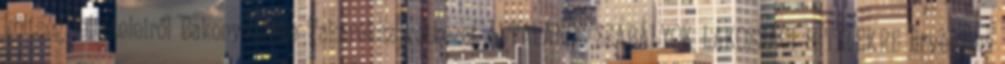
költség feltételeiről Bakonyvidéke Takarékszövetkezet ÁLTALÁNOS SZABÁLYOK LAKOSSÁGI HITELEKRE Érvényes: